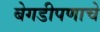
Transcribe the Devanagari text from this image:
बेगडीपणाचे